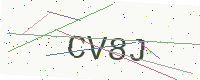
Text: CV8J